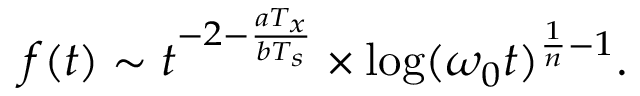
f ( t ) \sim t ^ { - 2 - \frac { a T _ { x } } { b T _ { s } } } \times \log ( \omega _ { 0 } t ) ^ { \frac { 1 } { n } - 1 } .